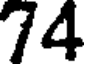
74